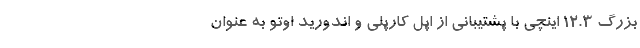
بزرگ 12.3 اینچی با پشتیبانی از اپل کارپلی و اندورید اوتو به عنوان